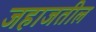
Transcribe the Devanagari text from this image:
जहाजतील